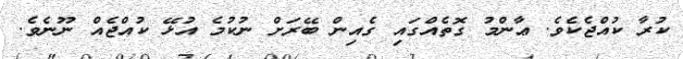
ކުރާ ކުއްޖެކެވެ. ޢާންމު ގޮތެއްގައި ގެއިން ބޭރަށް ނުކުމެ އުޅޭ ކުއްޖެއް ނޫނެވެ.